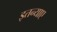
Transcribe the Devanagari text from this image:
इतन्याए